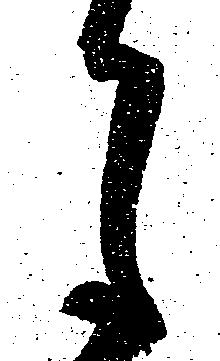
月